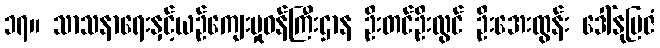
၁၇။ သာသနာရေးနှင့်ယဉ်ကျေးမှုဝန်ကြီးဌာန ဦးတင်ဦးလွင် ဦးအေးထွန်း ဒေါ်နုမြဇံ